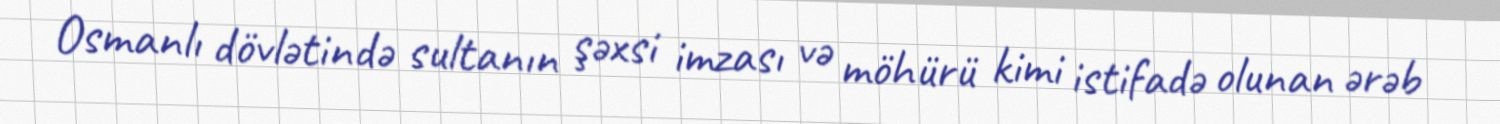
Osmanlı dövlətində sultanın şəxsi imzası və möhürü kimi istifadə olunan ərəb